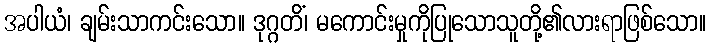
အပါယံ၊ ချမ်းသာကင်းသော။ ဒုဂ္ဂတိံ၊ မကောင်းမှုကိုပြုသောသူတို့၏လားရာဖြစ်သော။